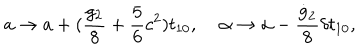
a \rightarrow a + ( \frac { g _ { 2 } } { 8 } + \frac { 5 } { 6 } c ^ { 2 } ) t _ { 1 0 } , \; \alpha \rightarrow \alpha - \frac { \dot { g } _ { 2 } } { 8 } \delta t _ { 1 0 } ,